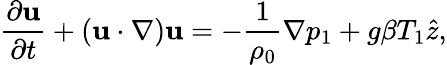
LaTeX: \frac{\partial{\mathbf u}}{\partial t}+\left({\mathbf u}\cdot\nabla\right){\mathbf u}=-\frac{1}{\rho_{0}}\nabla p_{1}+g\beta T_{1}\hat{z},